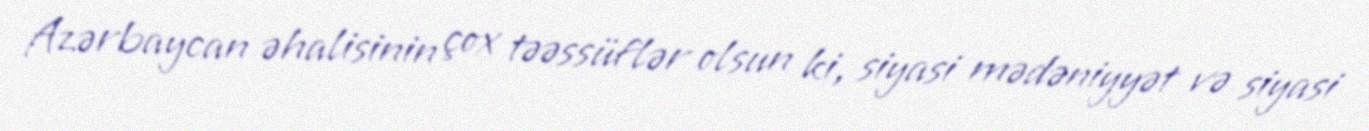
Azərbaycan əhalisinin çox təəssüflər olsun ki, siyasi mədəniyyət və siyasi